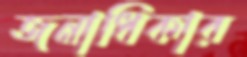
জনাধিকার